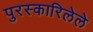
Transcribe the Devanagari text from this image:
पुरस्कारिलेले